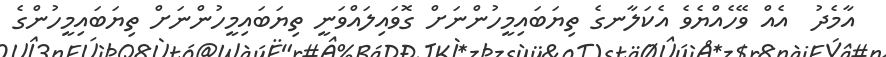
އާމެދު  އެއް ވޭހެއްޔެވެ އެކަލާނގެ ތިޔަބައިމީހުންނަށް ގޮވައިލައްވަނީ ތިޔަބައިމީހުންނަށް ތިޔަބައިމީހުންގެ